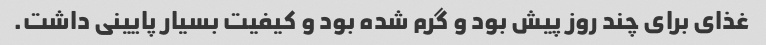
غذای برای چند روز پیش بود و گرم شده بود و کیفیت بسیار پایینی داشت.